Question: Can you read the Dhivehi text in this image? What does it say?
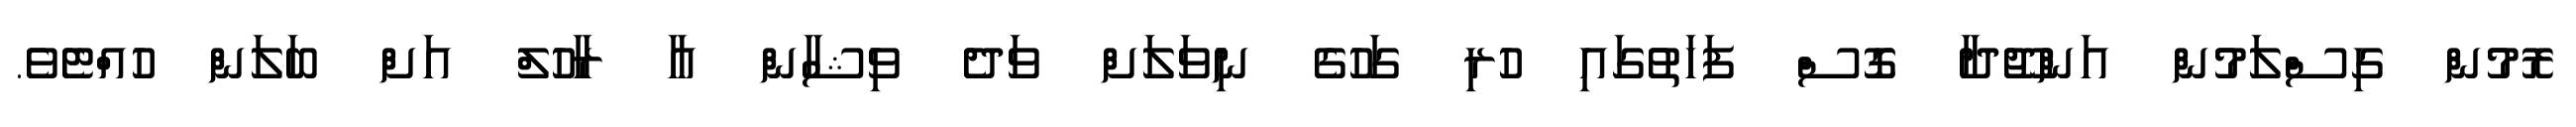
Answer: ރޮމުން ގިސްލަމުން އަންޖޫދާ ގޮސް ފަހަތުގައި ހުރި ގަހުގެ ނިވަލަށް ވަދެ ވިޝާން އާ ރާހުލް އަށް ބަލަން ހުއްޓެވެ.